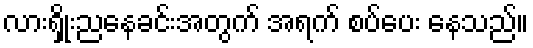
လားရှိုးညနေခင်းအတွက် အရက် စပ်ပေး နေသည်။